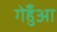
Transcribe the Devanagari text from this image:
गेहुँआ